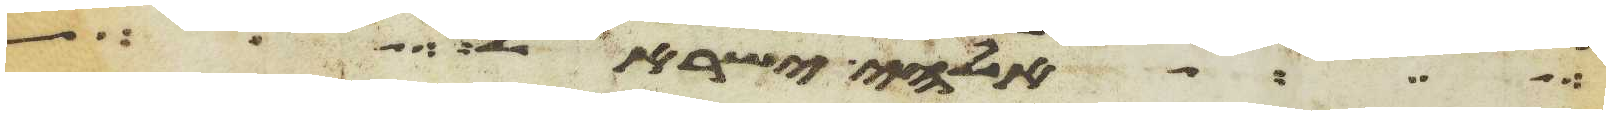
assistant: אלהי ישראל